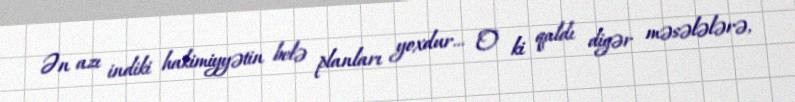
Ən azı indiki hakimiyyətin belə planları yoxdur... O ki qaldı digər məsələlərə,